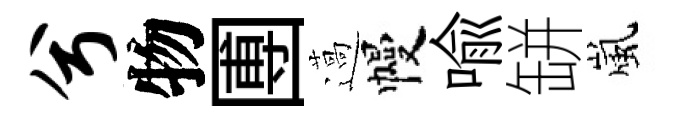
兮物圑薖幔喻缾嵐